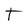
Character: T